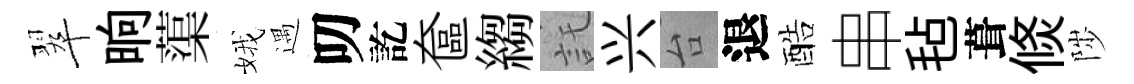
翠晌蕖娥遇叨訖奩縐託兴台退酷串毡葺倐陟